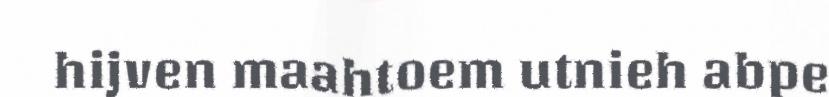
hijven maahtoem utnieh abpe